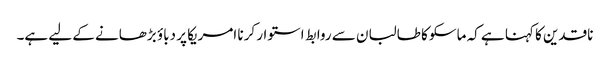
ناقدین کا کہنا ہے کہ ماسکو کا طالبان سے روابط استوار کرنا امریکا پر دباؤ بڑھانے کے لیے ہے۔